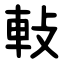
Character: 軙